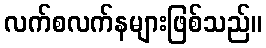
လက်စလက်နများဖြစ်သည်။